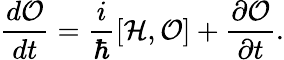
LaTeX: \frac{d{\cal O}}{dt}=\frac{i}{\hbar}\left[{\cal H},{\cal O}\right]+\frac{\partial{\cal O}}{\partial t}.